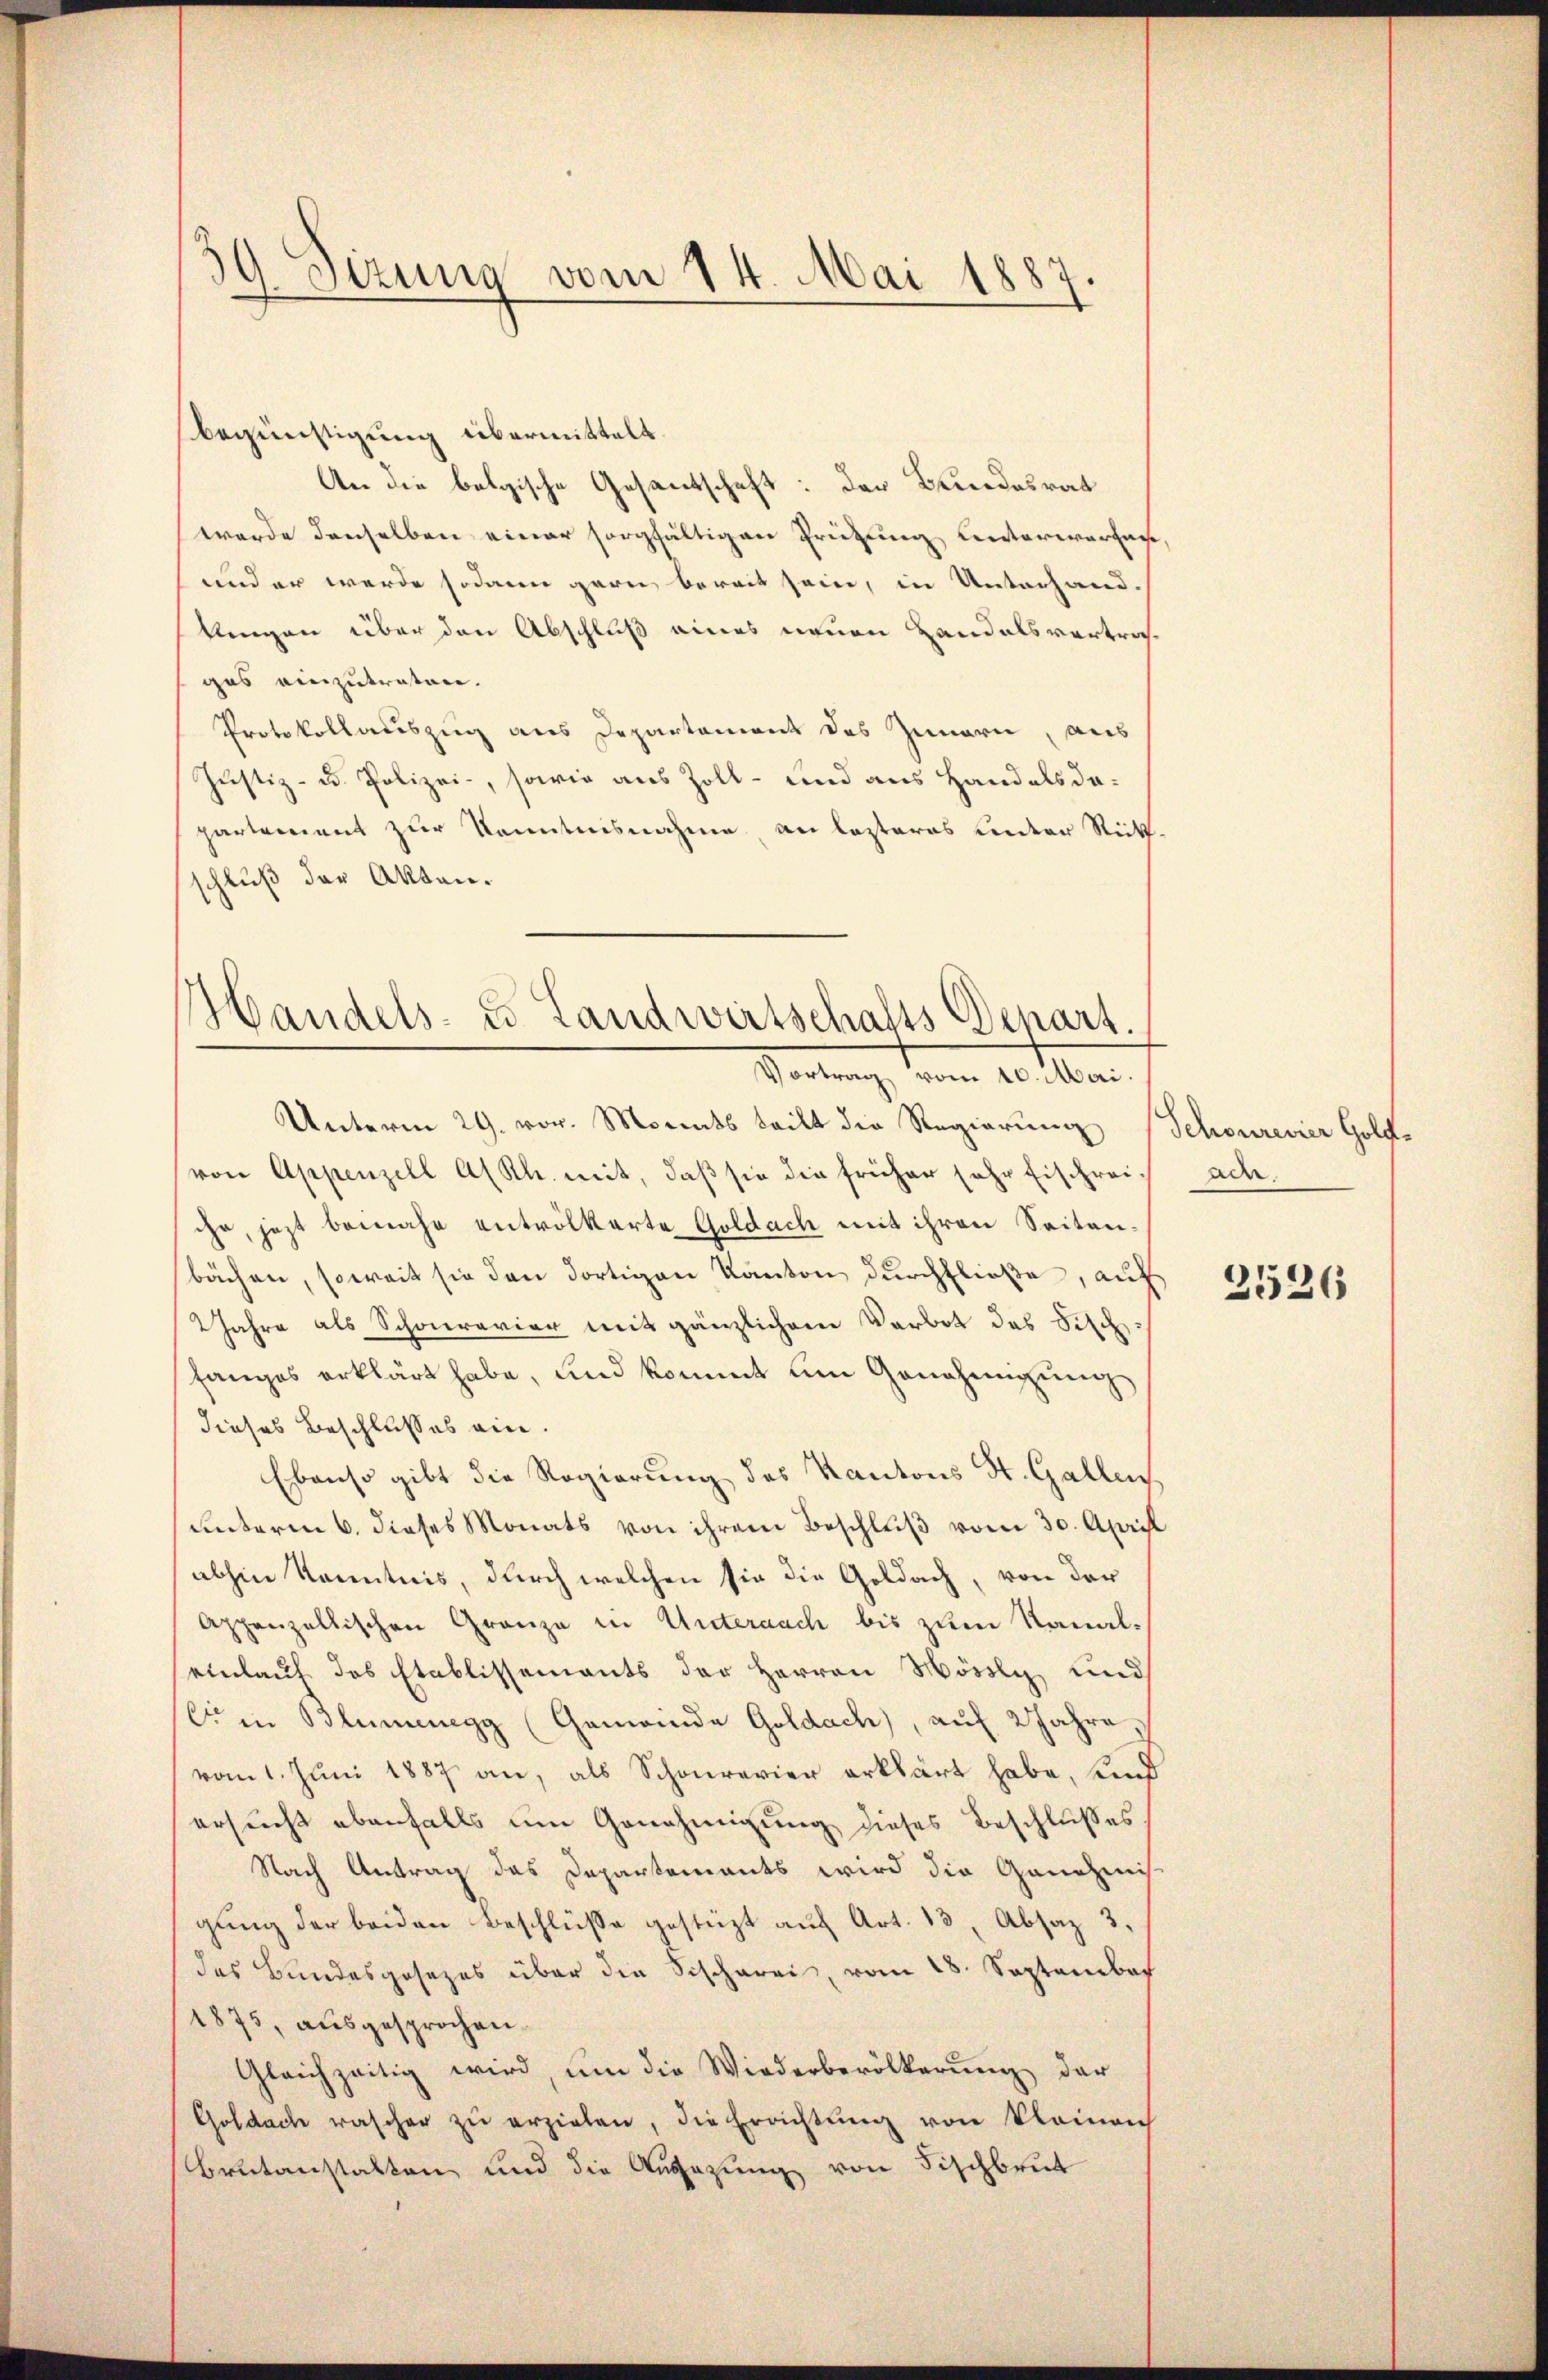
Sizung vom 14. Mai 1887.
)

begünstigung übermittelt.
An die belgische Gesantschaft: Der Bundesrat
werde denselben einer sorgfältigen Prüfung unterwarten
und er werde sodann garn bereit sein, in Unterhand-
klingen über den Abschluß eines neuen Landalsvertrages einzutreten.
Protokollauszug aus Departement des Innern, aus
Justiz- u. Polizei, sowie aus Zoll- und aus Hand als dapartement zur Kenntnisnahme an lezteres unter Rick-
schluß der Akten.
Unterm 29. vor. Monats teilt die Regierung
von Appenzell A/Rh. mit, daß sie die früher sehr Eischreiihr, jezt bewahr entvölkerte Goldach mit ihren Seitenbächen, soweit sie den dortigen Kanton durchfließe, auf
2 Jahre als Schoravier mit gänzlichem Verbot des Fisch-
fanges erklärt habe, und kommt um Genehmigung
dieses Beschlusses ein.
Ebenso gibt die Regierung des Kantons St. Gallen
(unterm 6. dieses Monats von ihrem Beschluß vom 30. April
abhin Kenntnis, durch welchen sie die Goldach, von der
Appenzellischen Granze in Unternach bis zum Kanaleinlauf das Etablissements der Herren Mössly, und
C in Blumenegg (Gemeinde Goldach), auf 2 Jahre,
vom 1. Juni 1887 an, als Schonrevier erklärt habe, und
ersucht ebenfalls um Genehmigung dieses Beschlußes
Nach Antrag das Departements wird die Genehmnis
gŭng der beiden Beschlüße gestüzt auf Art. 13, Absaz 3.
des Bundesgesetzes über die Sischerei, vom 18. September
1875, ausgesprochen.
Gleichzeitig wird, um die Wiederbevölkerŭng der
Goldach rascher zŭ erziehen, die Errichtŭng von kleinen
Brutanstalten und die Angesung von Fischbrut

Handels- u. Landwirtschafts Depart.
Vortung, vom 10. Mar

Schönrevier Goldade.

2526